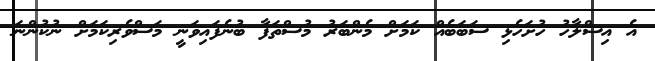
އެ އިސްލާހު ހުށަހެޅި ސަބަބެއް ކަމަށް މެންބަރު މުސްތަފާ ބުނެފައިވަނީ މަސްވެރިކަމަށް ނުކުންނަ